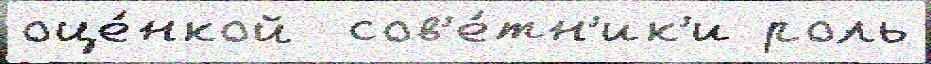
оце́нкой  сов'е́тн'ик'и роль